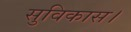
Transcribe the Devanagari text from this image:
सुविकास।